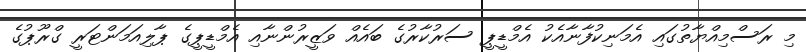
މި ރަސްމިއްޔާތުގައި އެމަނިކުފާނާއެކު އެމްޑީޕީ ސަރުކާރުގެ ބައެއް ވަޒީރުންނާއި އެމްޑީޕީގެ ޕާލިއަމަންޓަރީ ގްރޫޕުގެ